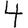
Digit: 4